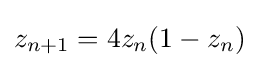
z_{n+1}=4z_{n}(1-z_{n})